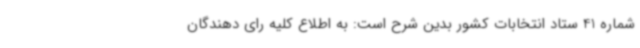
شماره 41 ستاد انتخابات کشور بدین شرح است: به اطلاع کلیه رای دهندگان